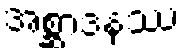
အစ္ဆာဒနဿ